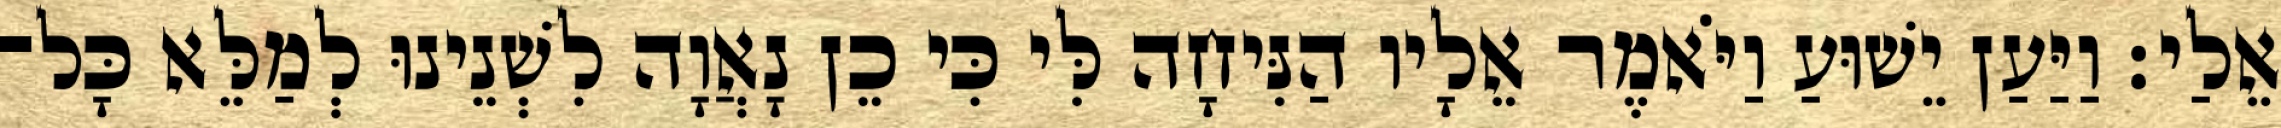
אֵלַי׃ וַיַּעַן יֵשׁוּעַ וַיֹּאמֶר אֵלָיו הַנִּיחָה לִּי כִּי כֵן נָאֲוָה לִשְׁנֵינוּ לְמַלֵּא כָּל־